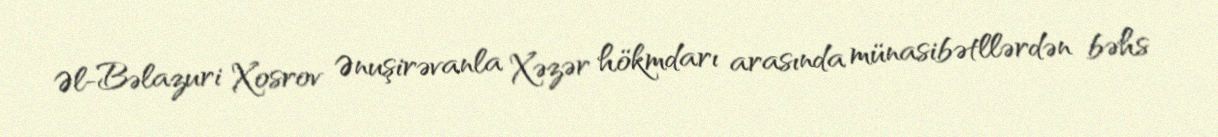
Əl-Bəlazuri Xosrov Ənuşirəvanla Xəzər hökmdarı arasında münasibətllərdən bəhs